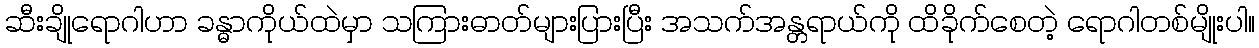
ဆီးချိုရောဂါဟာ ခန္ဓာကိုယ်ထဲမှာ သကြားဓာတ်များပြားပြီး အသက်အန္တရာယ်ကို ထိခိုက်စေတဲ့ ရောဂါတစ်မျိုးပါ။